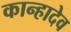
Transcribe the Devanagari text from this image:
कान्हादेव